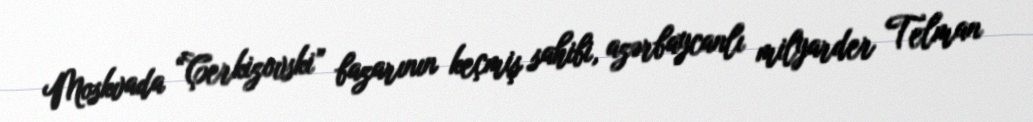
Moskvada “Çerkizovski” bazarının keçmiş sahibi, azərbaycanlı milyarder Telman